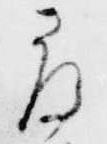
尋